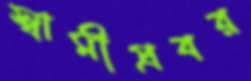
স্বামীপ্রবর